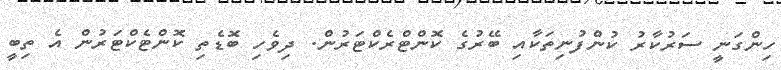
ހިންގަނީ ސަރުކާރު ކުންފުނިތަކާއި ބޭރުގެ ކޮންޓްރެކްޓަރުން. ދިވެހި ބޮޑެތި ކޮންޓެކްޓަރުން އެ ތިބީ